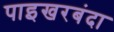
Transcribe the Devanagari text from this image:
पाइखरबंदा